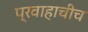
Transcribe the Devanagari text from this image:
प्रवाहाचीच